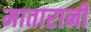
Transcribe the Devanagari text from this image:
मातारानी